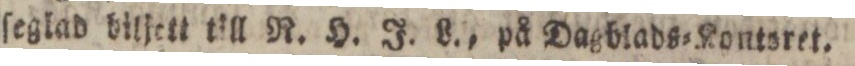
ſeglad biljett till R. H. J. L., på Dagblads=Kontoret.